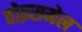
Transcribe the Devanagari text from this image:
वोइसमेल